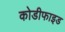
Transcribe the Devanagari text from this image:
कोडीफाइड